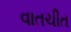
વાતચીત